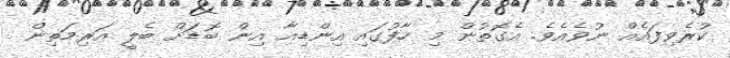
ކުރެވިފައެއް ނުވެއެވެ. އެގޮތުން މި ހާފުގައި އިންޑިއާ އިން ބޮޑަށް ބެލީ އަރިމަތިން